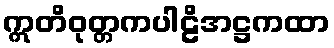
ဣတိဝုတ္တကပါဠိအဋ္ဌကထာ